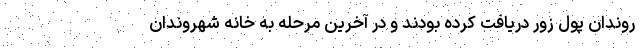
روندان پول زور دریافت کرده بودند و در آخرین مرحله به خانه شهروندان